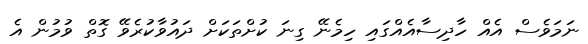
ނަމަވެސް އެއް ހާދިސާއެއްގައި ހިމެނޭ ގިނަ ކުށްތަކަށް ދައުވާކުރެވޭ ގޮތް ވުމުން އެ